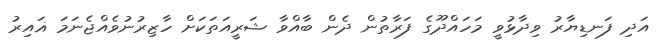
އަދި ފަނޑިޔާރު ވިދާޅުވީ މަހައްދޫގެ ފަރާތުން ދެން ބާއްވާ ޝަރީއަތަކަށް ހާޒިރުނުވެއްޖެނަމަ ޣައިރު